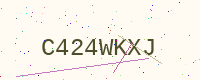
Text: C424WKXJ